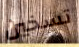
تسخين